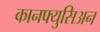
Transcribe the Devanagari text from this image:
कानफ्युसिअन